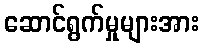
ဆောင်ရွက်မှုများအား